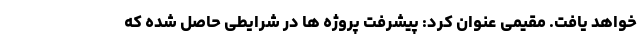
خواهد یافت. مقیمی عنوان کرد: پیشرفت پروژه ها در شرایطی حاصل شده که